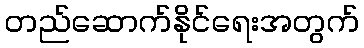
တည်ဆောက်နိုင်ရေးအတွက်